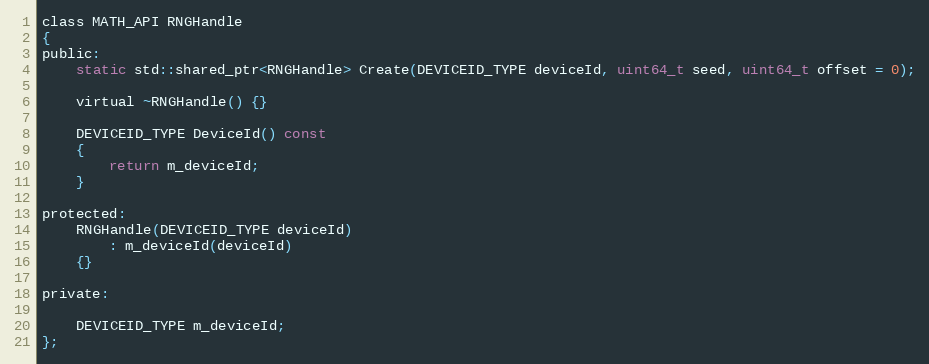
Language: C
class MATH_API RNGHandle
{
public:
    static std::shared_ptr<RNGHandle> Create(DEVICEID_TYPE deviceId, uint64_t seed, uint64_t offset = 0);

    virtual ~RNGHandle() {}

    DEVICEID_TYPE DeviceId() const
    {
        return m_deviceId;
    }

protected:
    RNGHandle(DEVICEID_TYPE deviceId)
        : m_deviceId(deviceId)
    {}

private:

    DEVICEID_TYPE m_deviceId;
};